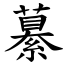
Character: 繤